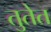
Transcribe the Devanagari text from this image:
तुतेत